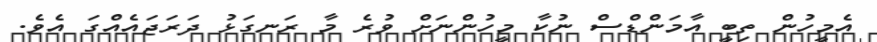
އެމީހުން ތިބީ އާމަންޑްސް ނުކާ މީހުންނަށް ވުރެ މާ ރަނގަޅު ދަރަޖައެއްގަ އެވެ.